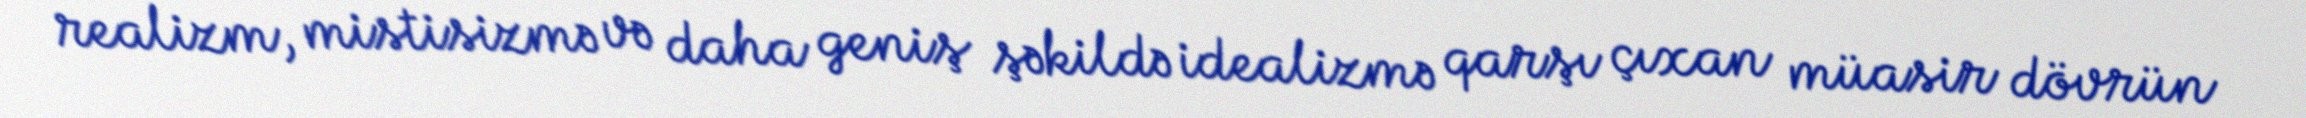
realizm, mistisizmə və daha geniş şəkildə idealizmə qarşı çıxan müasir dövrün